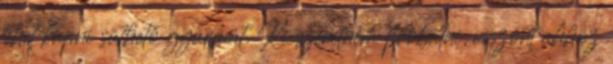
lehet kapni süthető gyurmát. Ki szeretném próbálni, viszont ahhoz